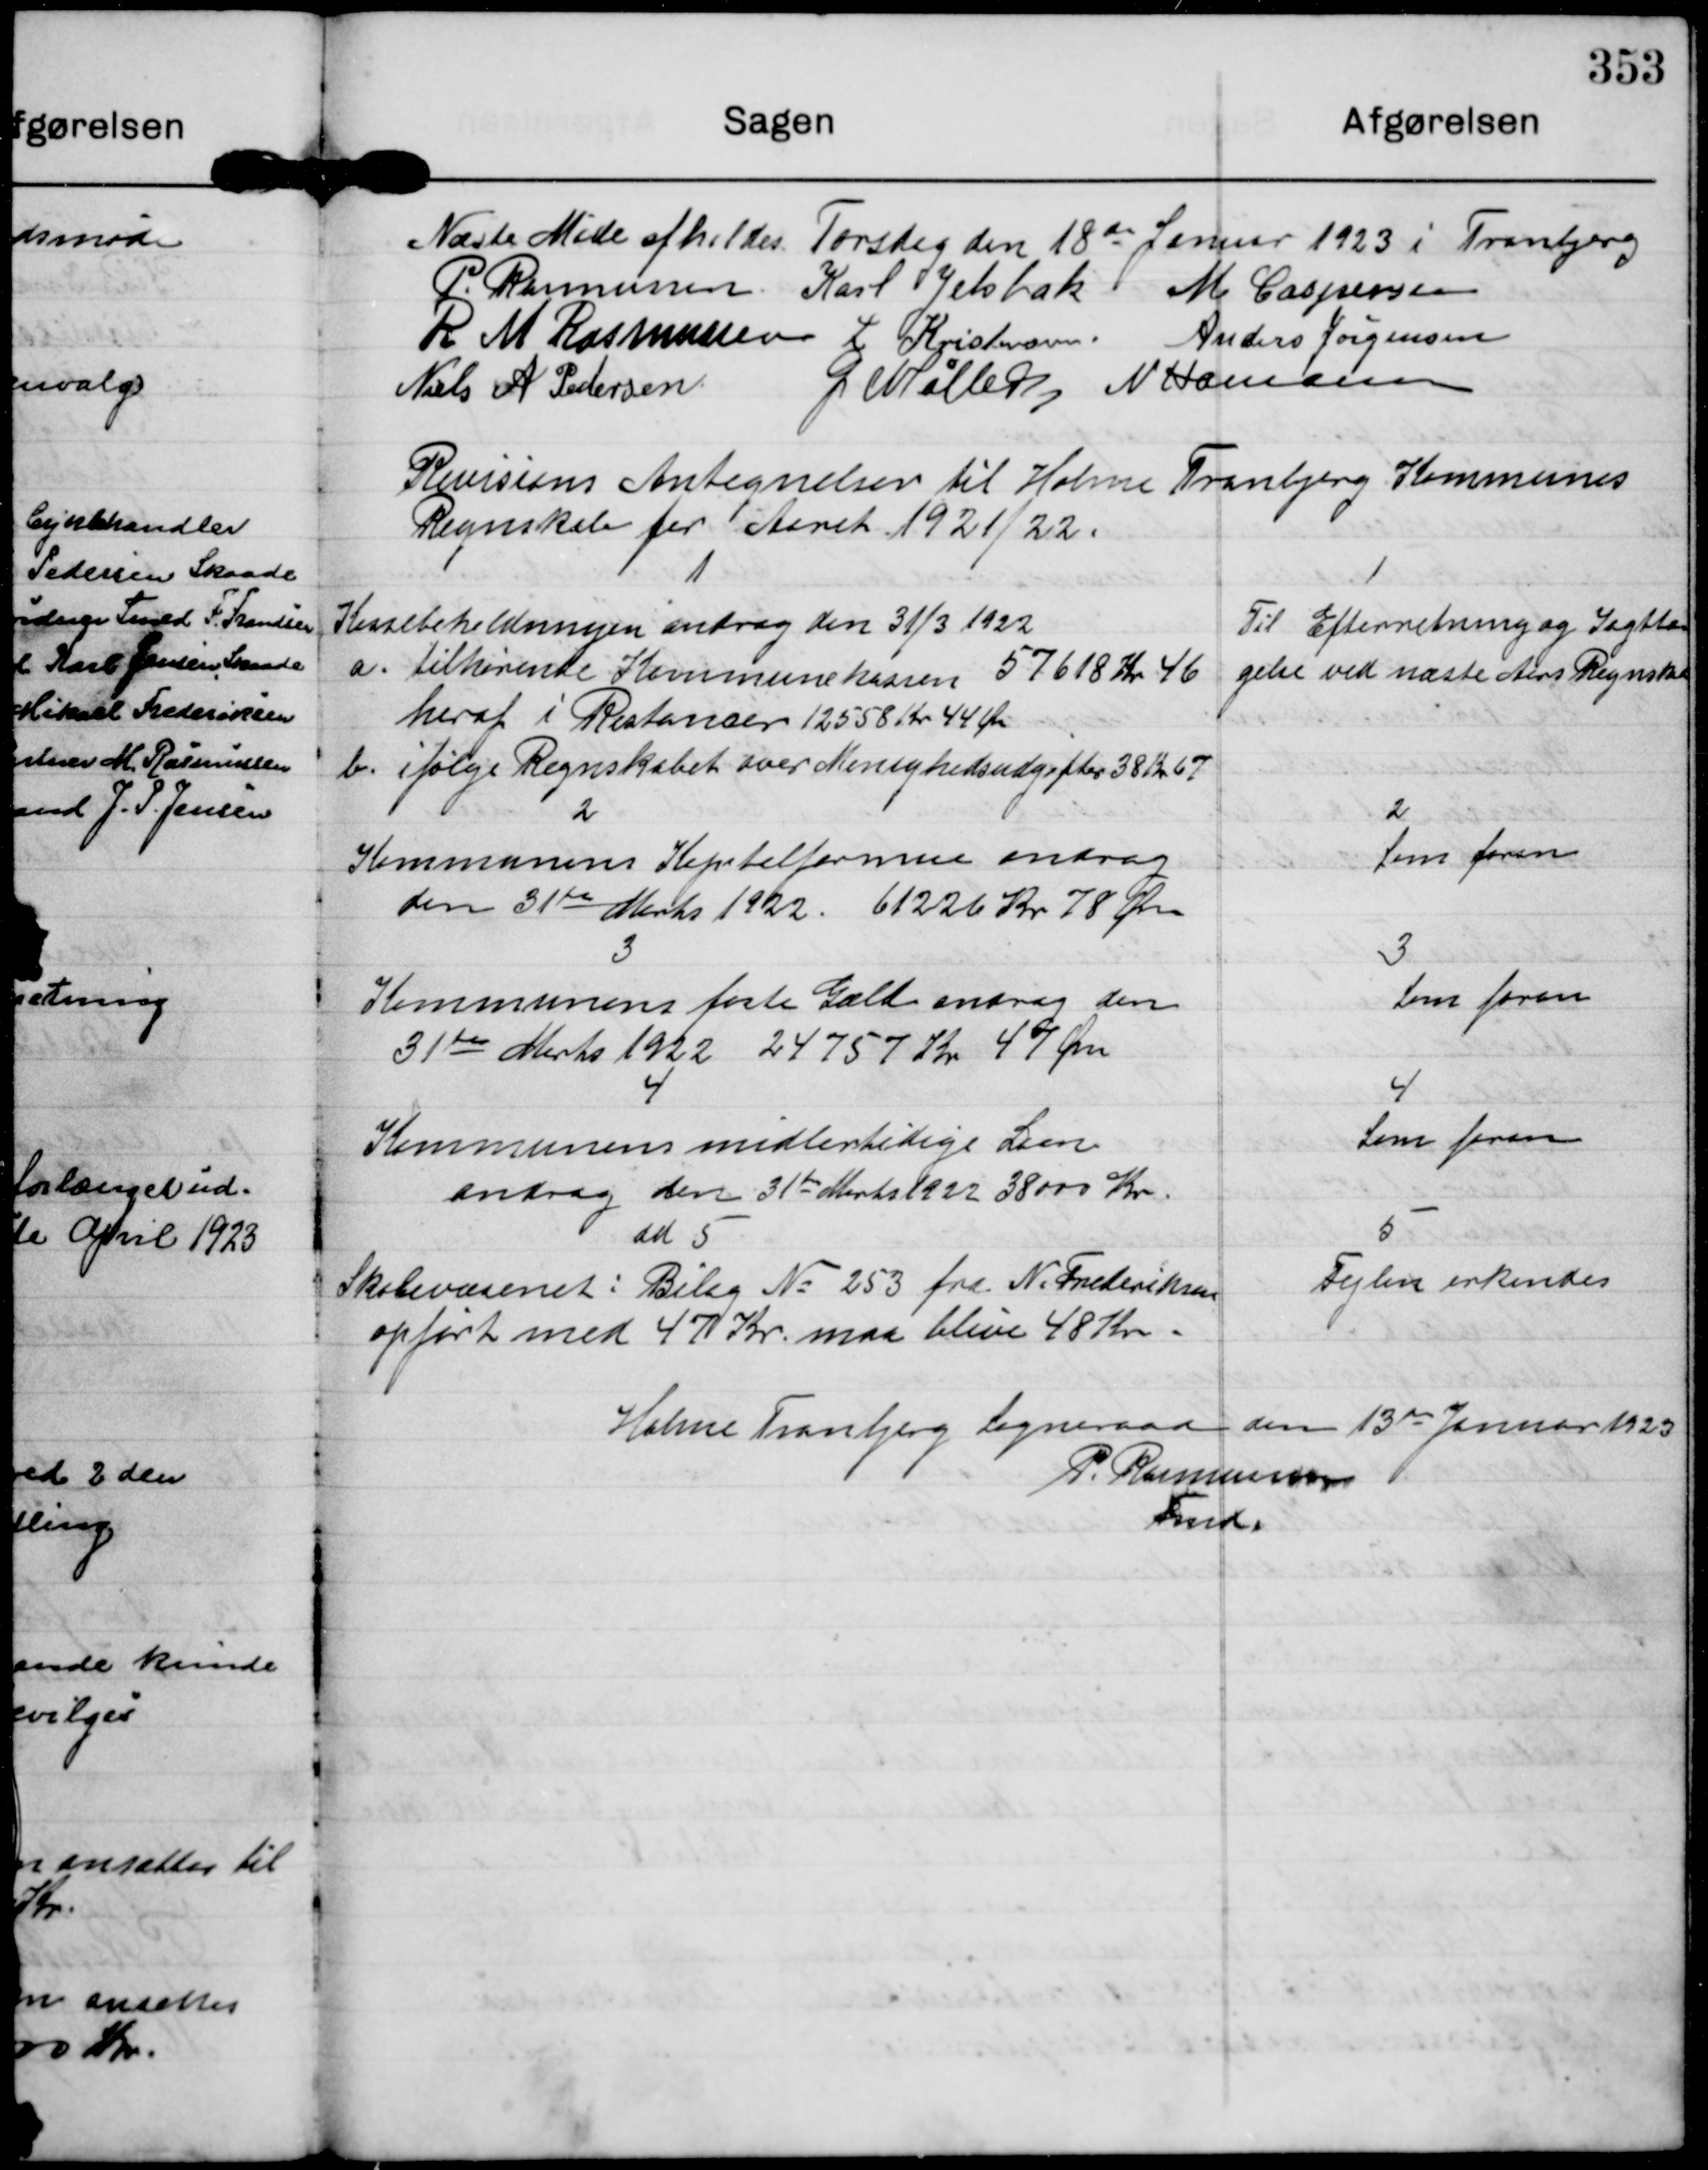
Transskription:
Næste Møde afholdes Torsdag den 18de Januar 1923 i Tranbjerg

P. Rasmussen

Karl Jelsbak

M. Caspersen

R M Rasmussen

L Kristensen.

Anders Jørgensen

Niels A Pedersen

G. Møller

N Hamann

Revisions Antegnelser til Holme Tranbjerg Kommunes
Regnskab for Aaret 1921/22.

1
Kassebeholdningen androg den 31/3 1922
a. tilhørende Kommunekassen 57618 Kr 46
heraf i Restancer 12558 Kr 44 Øre
b. ifølge Regnskabet over Menighedsudgifter 38 K. 67

1
Til Efterretning og Iagtta-
gelse ved næste Aars Regnskab

2
Kommunens Kapitalformue androg
den 31te Marts 1922. 61226 Kr 78 Øre

2
Som foran

3
Kommunens faste Gæld androg den
31te Marts 1922 24757 Kr 47 Øre

3.
Som foran

4
Kommunens midlertidige Laan
androg den 31te Marts 1922 38000 Kr.

Som foran

ad 5
Skolevæsenet: Bilag No 253 fra N. Frederiksen
opført med 47 Kr. maa blive 48 Kr

5
Fejlen erkendes

Holme Tranbjerg Sogneraad den 13de Januar 1923

P. Rasmussen
Fmd.